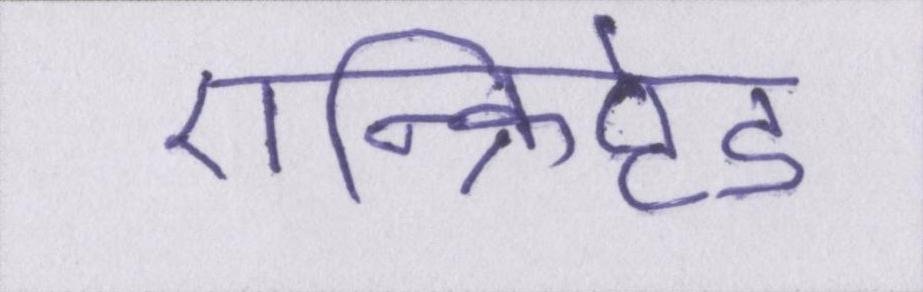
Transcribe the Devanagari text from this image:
एन्क्रिप्टेड